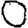
Digit: 0